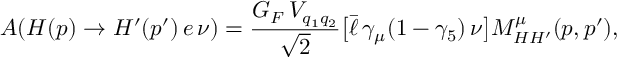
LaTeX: A ( H ( p ) \to H ^ { \prime } ( p ^ { \prime } ) \, e \, \nu ) = { \frac { G _ { F } \, V _ { q _ { 1 } q _ { 2 } } } { \sqrt { 2 } } } \bigl [ \bar { \ell } \, \gamma _ { \mu } ( 1 - \gamma _ { 5 } ) \, \nu \bigr ] M _ { H H ^ { \prime } } ^ { \mu } ( p , p ^ { \prime } ) ,